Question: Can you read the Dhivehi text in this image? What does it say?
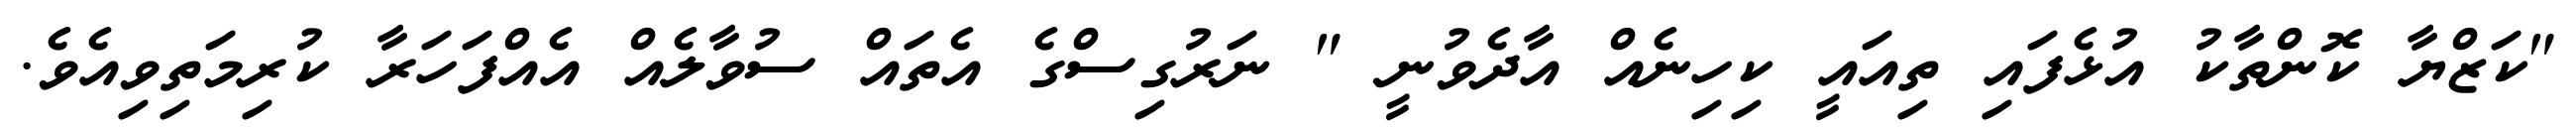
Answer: "ކަޒްޔާ ކޮންތާކު އުޅެފައި ތިއައީ ކިހިނެއް އާދެވުނީ " ނަރުގިސްގެ އެތައް ސުވާލެއް އެއްފަހަރާ ކުރިމަތިވިއެވެ.